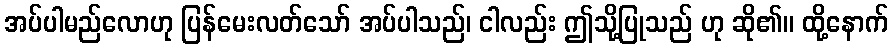
အပ်ပါမည်လောဟု ပြန်မေးလတ်သော် အပ်ပါသည်၊ ငါလည်း ဤသို့ပြုသည် ဟု ဆို၏။ ထို့နောက်